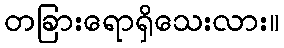
တခြားရောရှိသေးလား။